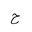
Letter: _ha